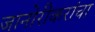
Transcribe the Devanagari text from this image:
जानोरीकरांचा